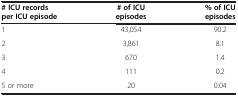
<table><thead><tr><td><b># ICU records per ICU episode</b></td><td><b># of ICU episodes</b></td><td><b>% of ICU episodes</b></td></tr></thead><tbody><tr><td>1</td><td>43,054</td><td>90.2</td></tr><tr><td>2</td><td>3,861</td><td>8.1</td></tr><tr><td>3</td><td>670</td><td>1.4</td></tr><tr><td>4</td><td>111</td><td>0.2</td></tr><tr><td>5 or more</td><td>20</td><td>0.04</td></tr></tbody></table>